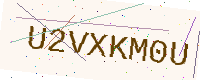
Text: U2VXKM0U